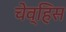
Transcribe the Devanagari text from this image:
चेव्हिस